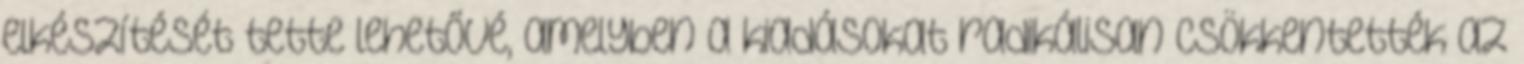
elkészítését tette lehetővé, amelyben a kiadásokat radikálisan csökkentették az